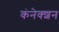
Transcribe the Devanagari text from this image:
कंनेक्शन